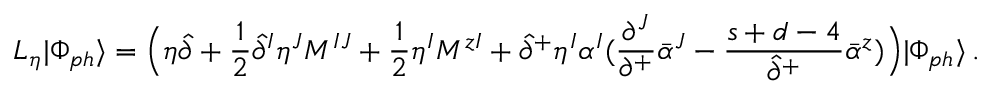
{ \cal L } _ { \eta } | \Phi _ { p h } \rangle = \Bigl ( \eta \hat { \partial } + \frac { 1 } { 2 } \hat { \partial } ^ { I } \eta ^ { J } M ^ { I J } + \frac { 1 } { 2 } \eta ^ { I } M ^ { z I } + \hat { \partial } ^ { + } \eta ^ { I } \alpha ^ { I } ( \frac { \partial ^ { J } } { \partial ^ { + } } \bar { \alpha } ^ { J } - \frac { s + d - 4 } { \hat { \partial } ^ { + } } \bar { \alpha } ^ { z } ) \Bigr ) | \Phi _ { p h } \rangle \, .